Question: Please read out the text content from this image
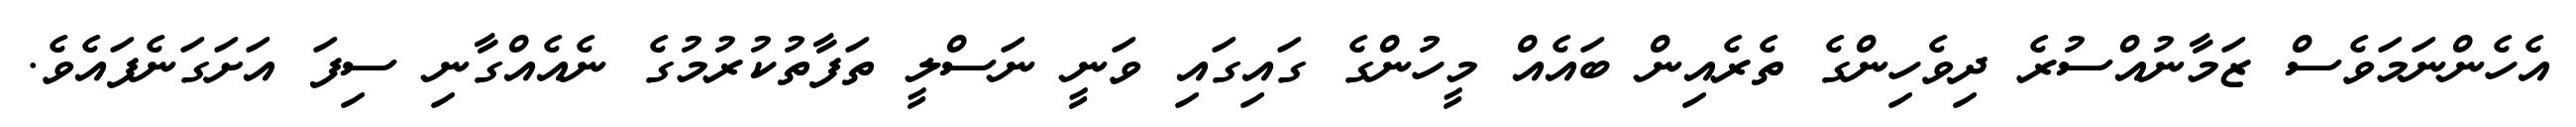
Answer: އެހެންނަމަވެސް ޒަމާނުއްސުރެ ދިވެހިންގެ ތެރެއިން ބައެއް މީހުންގެ ގައިގައި ވަނީ ނަސްލީ ތަފާތުކުރުމުގެ ނެއެއްގާނި ސިފަ އަށަގަނެފައެވެ.